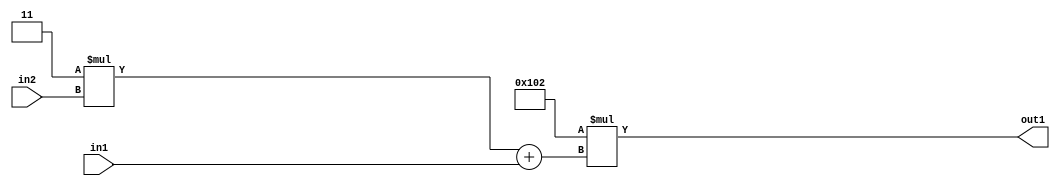
`timescale 1ps / 1ps
/*****************************************************************************
    Verilog RTL Description
    
    
    Created by: Stratus DpOpt 2019.1.01 
*******************************************************************************/

module DC_Filter_Mul2i258Add2u2Mul2i3u2_1 (
	in2,
	in1,
	out1
	); /* architecture "behavioural" */ 
input [1:0] in2,
	in1;
output [11:0] out1;
wire [11:0] asc001;
wire [3:0] asc002;

wire [3:0] asc002_tmp_0;
assign asc002_tmp_0 = 
	+(4'B0011 * in2);
assign asc002 = asc002_tmp_0
	+(in1);

assign asc001 = 
	+(12'B000100000010 * asc002);

assign out1 = asc001;
endmodule

/* CADENCE  uLT0Tgo= : u9/ySgnWtBlWxVPRXgAZ4Og= ** DO NOT EDIT THIS LINE ******/